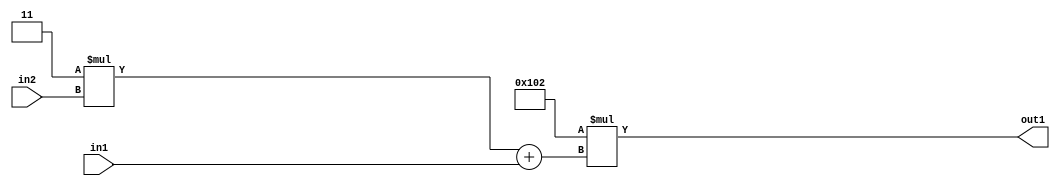
`timescale 1ps / 1ps
/*****************************************************************************
    Verilog RTL Description
    
    
    Created by: Stratus DpOpt 2019.1.01 
*******************************************************************************/

module DC_Filter_Mul2i258Add2u2Mul2i3u2_1 (
	in2,
	in1,
	out1
	); /* architecture "behavioural" */ 
input [1:0] in2,
	in1;
output [11:0] out1;
wire [11:0] asc001;
wire [3:0] asc002;

wire [3:0] asc002_tmp_0;
assign asc002_tmp_0 = 
	+(4'B0011 * in2);
assign asc002 = asc002_tmp_0
	+(in1);

assign asc001 = 
	+(12'B000100000010 * asc002);

assign out1 = asc001;
endmodule

/* CADENCE  uLT0Tgo= : u9/ySgnWtBlWxVPRXgAZ4Og= ** DO NOT EDIT THIS LINE ******/